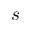
s